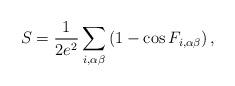
LaTeX: \begin{align*}S=\frac{1}{2e^{2}}\sum_{i,\alpha \beta}\left(1-\cos F_{i,\alpha\beta}\right),\end{align*}